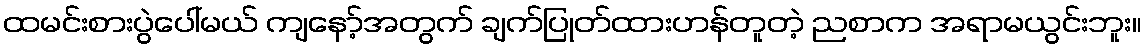
ထမင်းစားပွဲပေါ်မယ် ကျနော့်အတွက် ချက်ပြုတ်ထားဟန်တူတဲ့ ညစာက အရာမယွင်းဘူး။